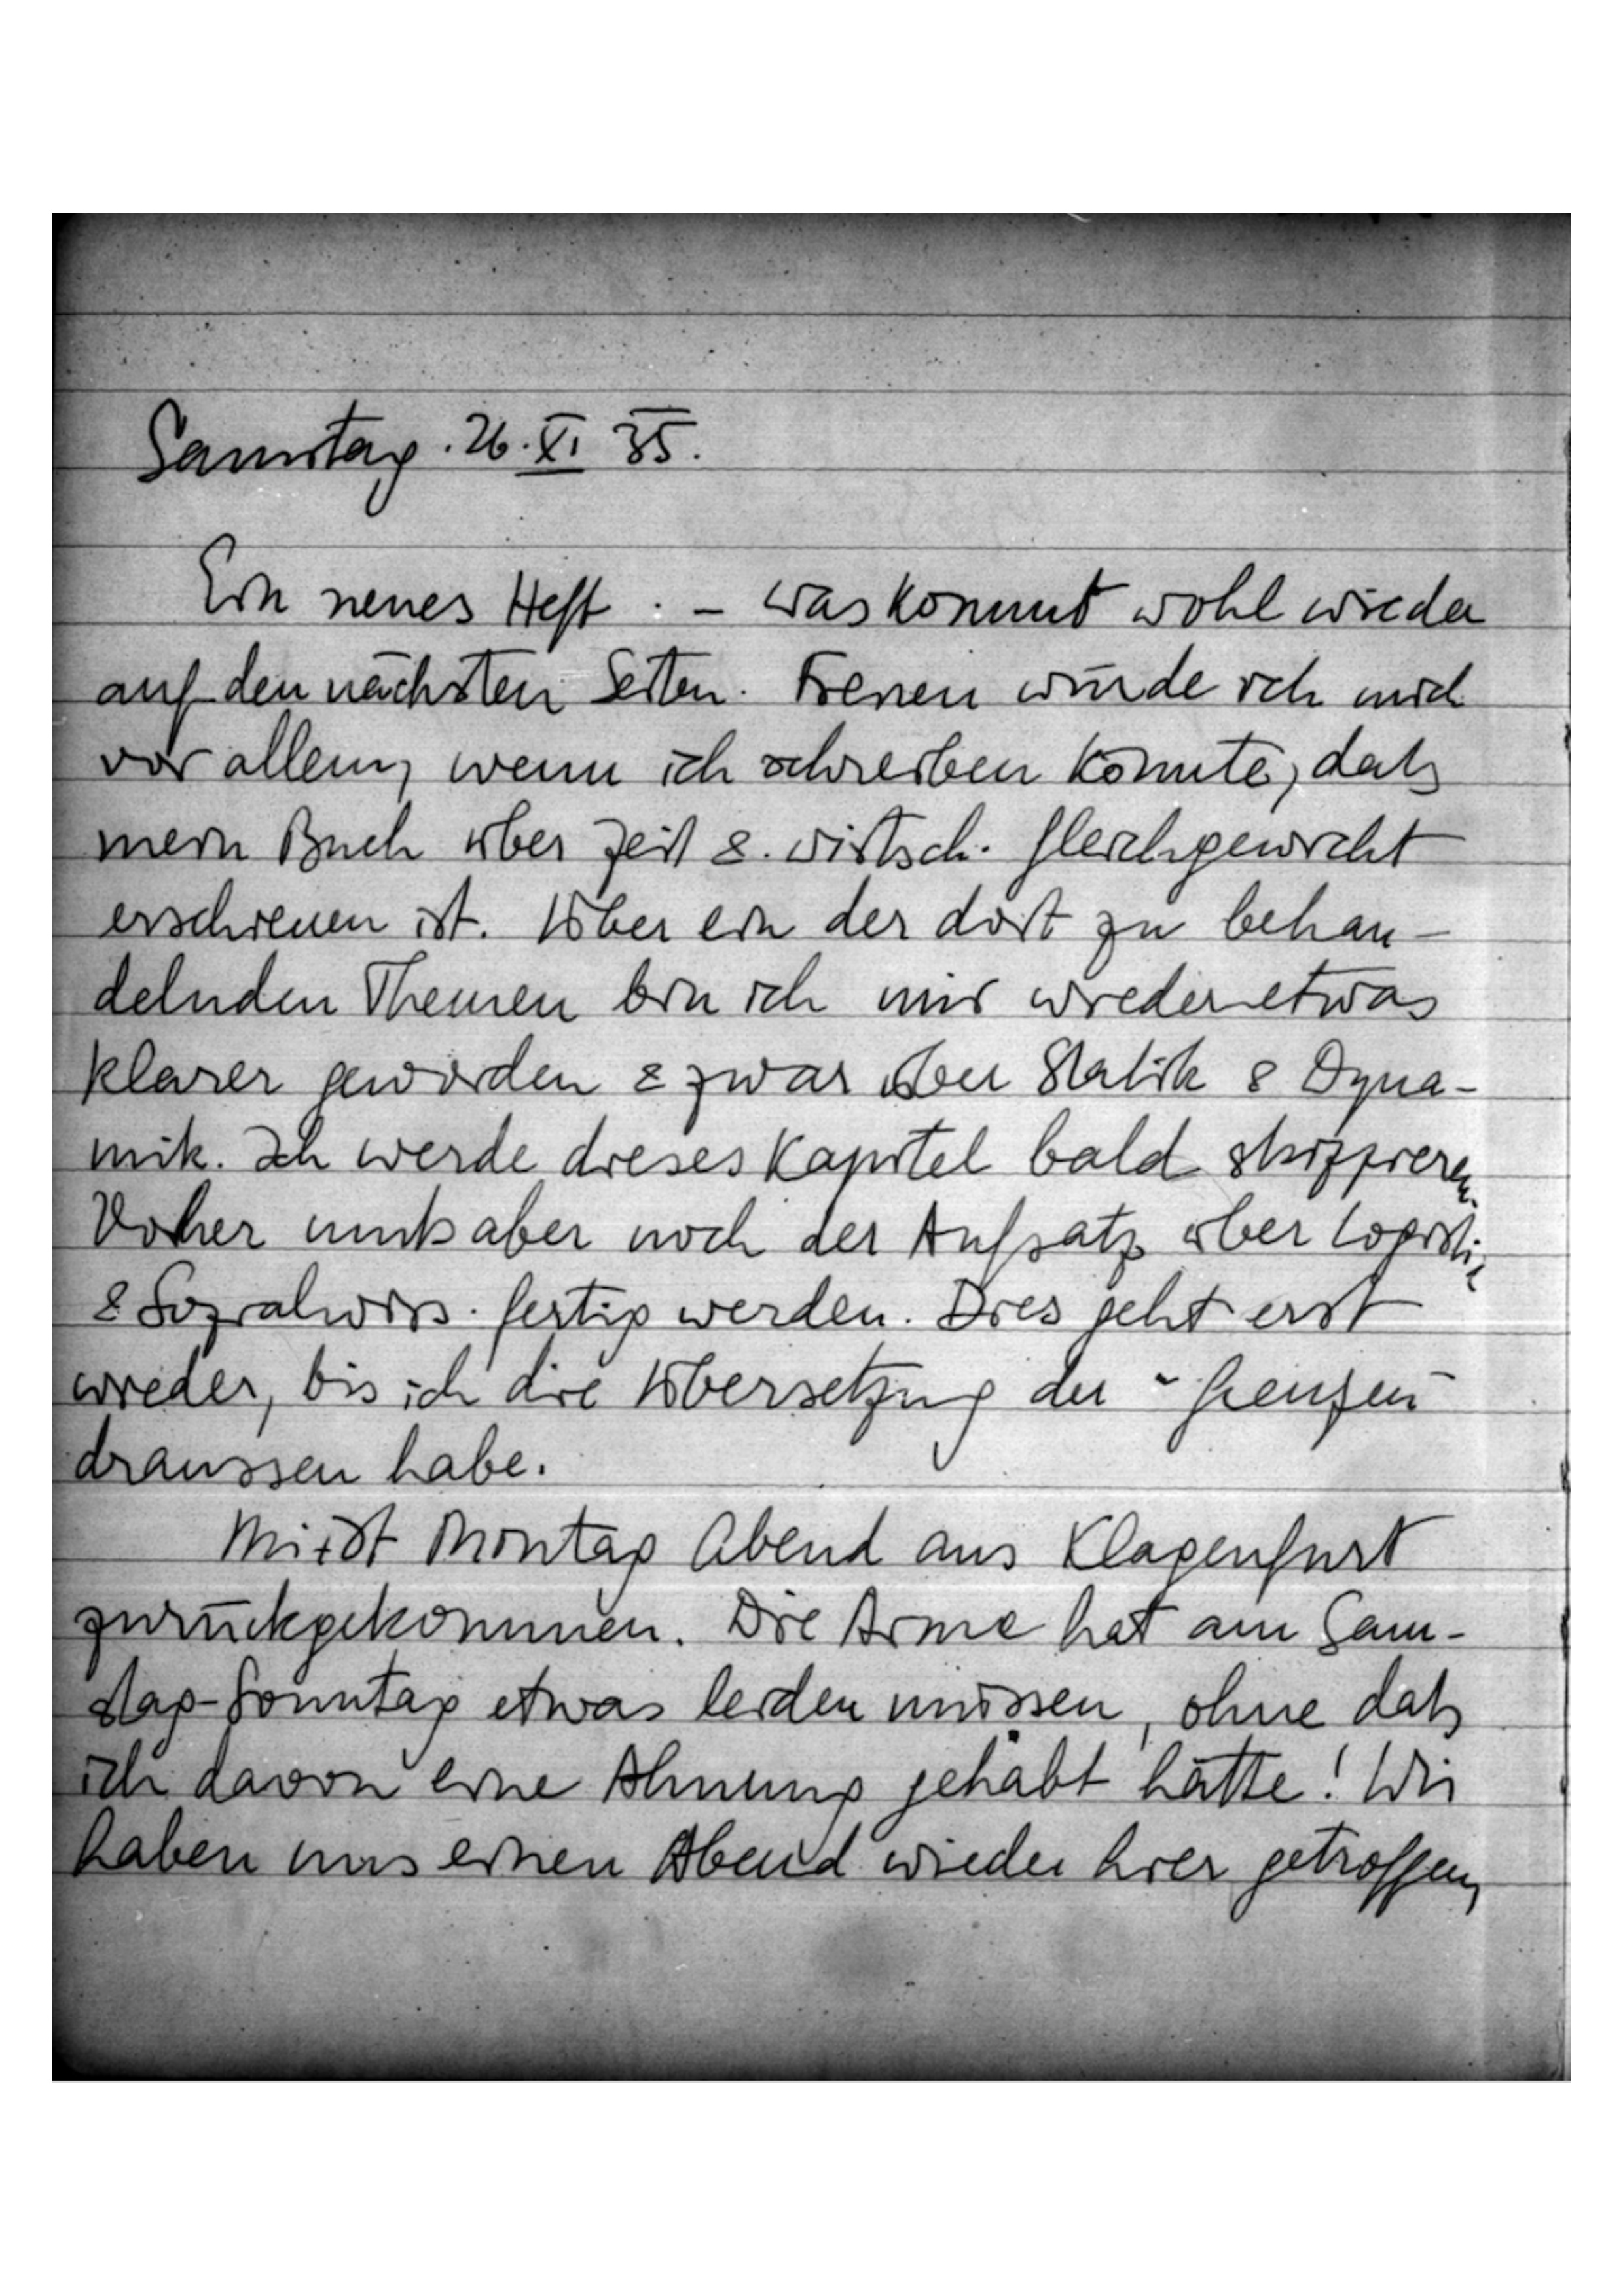
Samstag. 2. II. 25.
Ein neues Heft. – was kommt wohl wieder
auf den nächsten Seiten. Freuen würde ich mich
vor allem, wenn ich schreiben konnte, daß
mein Buch über Zeit &. wirtsch. Gleichgewicht
erschienen ist. Über ein der dort zu behau
delnden Themen bin ich mir wieder etwas
klarer geworden & zwar iber Statik & Oyna-
mik. Ich werde dieses Kapitel bald strizzieren
Doher muß aber noch der Aufsatz über Logisti
& Sozialwiss. fertig werden. Dies geht erst
wieder, bis ich die Übersetzung der -Greuzen
draussen habe.
Mitdt Montag Abend aus Klagenfurt
zurückgekommen. Die Arme hat am Sam-
stag- Sonntag etwas leiden müssen, ohne daß
ich davon eine Ahnung gehabt hätte! Wir
haben uns einen Abena wieder hier getroffen,